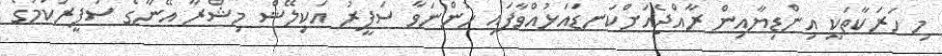
މި ހަރަކާތަކީ އިންޑިޔާއިން ރާއްޖެއަށްކަނޑައަޅުއްވާފައި ހުންނަވާ ސަފީރު އަކިލޭޝް މިޝްރާ އޭނާގެ ސަފީރުކަމުގެ